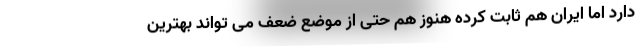
دارد اما ایران هم ثابت کرده هنوز هم حتی از موضع ضعف می تواند بهترین